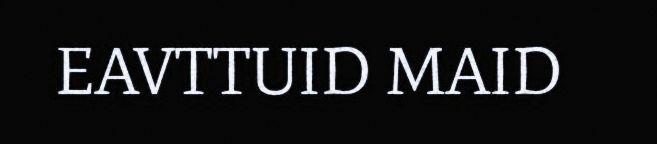
EAVTTUID MAID